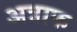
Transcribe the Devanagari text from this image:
अत्राफ